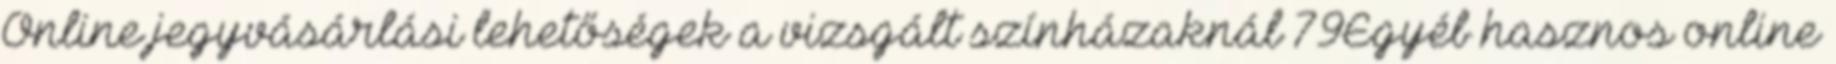
Online jegyvásárlási lehetőségek a vizsgált színházaknál 79Egyéb hasznos online